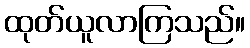
ထုတ်ယူလာကြသည်။